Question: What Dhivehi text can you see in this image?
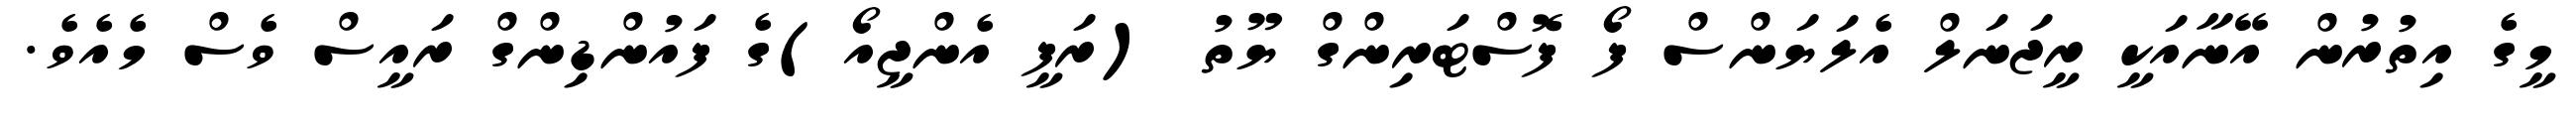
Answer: މީގެ އިތުރުން އޭނާއަކީ ރީޖަނަލް އެލަޔަންސް ފޯ ފޮސްޓަރިންގް ޔޫތު (ރަފީ އެންޖީއޯ)ގެ ފައުންޑިންގް ރައީސް ވެސް މެއެވެ.